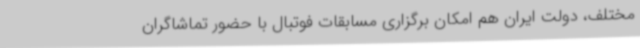
مختلف، دولت ایران هم امکان برگزاری مسابقات فوتبال با حضور تماشاگران